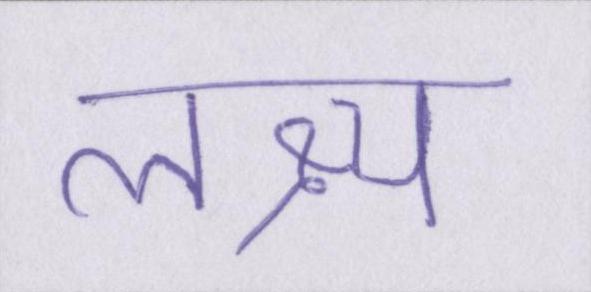
लक्ष्य